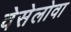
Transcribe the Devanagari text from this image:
वेसेलोवा